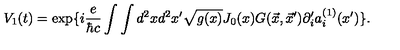
V _ { 1 } ( t ) = \exp \{ i { \frac { e } { \hbar c } } \int \int d ^ { 2 } x d ^ { 2 } x ^ { \prime } \sqrt { g ( x ) } J _ { 0 } ( x ) G ( \vec { x } , \vec { x } ^ { \prime } ) \partial _ { i } ^ { \prime } a _ { i } ^ { ( 1 ) } ( x ^ { \prime } ) \} .